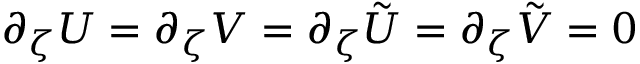
\partial _ { \zeta } U = \partial _ { \zeta } V = \partial _ { \zeta } \Tilde { U } = \partial _ { \zeta } \Tilde { V } = 0